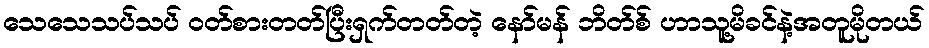
သေသေသပ်သပ် ဝတ်စားတတ်ပြီးရှက်တတ်တဲ့ နော်မန် ဘိတ်စ် ဟာသူ့မိခင်နဲ့အတူမိုတယ်